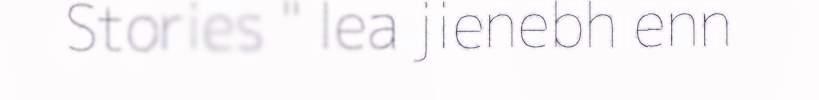
Stories " lea jienebh enn